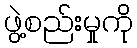
ဖွဲ့စည်းမှုကို